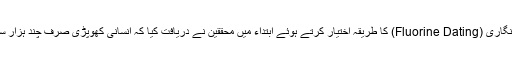
فلورین تاریخ نگاری (Fluorine Dating) کا طریقہ اختیار کرتے ہوئے ابتداء میں محققین نے دریافت کیا کہ انسانی کھوپڑی صرف چند ہزار سال پرانی تھی۔